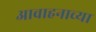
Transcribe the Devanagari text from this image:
आवाहनाच्या